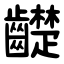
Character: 齼